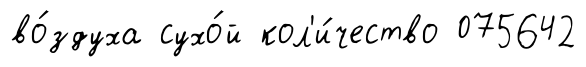
во́здуха сухо́й кол'и́чество 075642